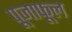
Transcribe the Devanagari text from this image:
पूजाफूल